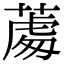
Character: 𦸵